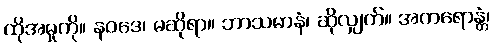
ထိုအမှုကို။ နဝဒေ၊ မဆိုရာ။ ဘာသမာနံ၊ ဆိုလျှက်။ အကရောန္တံ၊